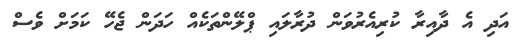
އަދި އެ ދާއިރާ ކުރިއެރުވަން ދުރާލައި ޕްލޭންތަކެއް ހަދަން ޖެހޭ ކަމަށް ވެސް